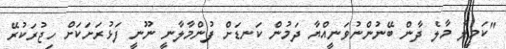
"ކަމީލާ މާލެ ދާން ބޭނުންނުވަނީއްޔާ ދަމުން ކަނޑަށް ފުންމާލާނީ ނޫނީ ފަޅުރަށަކަށް ހިޖުރަކުރޭ